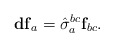
\begin{align*}\mathbf{df}_{a}=\hat{\sigma}_{a}^{bc}\mathbf{f}_{bc}. \end{align*}